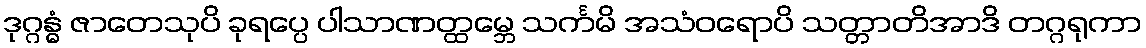
ဒုဂ္ဂန္ဓံ ဇာတေသုပိ ခုရပ္ပေ ပါသာဏတ္ထမ္ဘေ သင်္ကမိ အသံဝရောပိ သတ္တာတိအာဒိ တဂ္ဂရုကာ